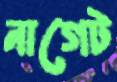
নাগেট